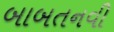
બાબતનવી